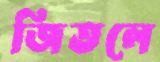
জিতলে